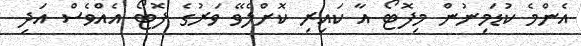
އެންމެ ކުޑަމިނުން މިފޮޓޯ އާ ކައިރި ކޮށްލެވޭ ވަރުގެ ފޮޓޯ އެއްވެސް އަދި